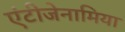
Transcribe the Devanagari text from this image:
एंटीजेनामिया